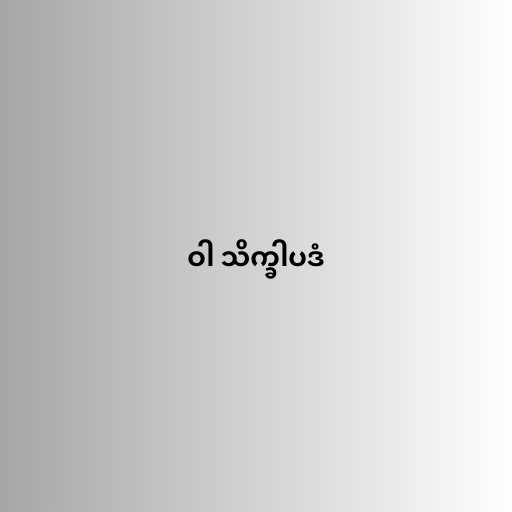
ဝါ သိက္ခါပဒံ